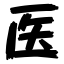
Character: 医